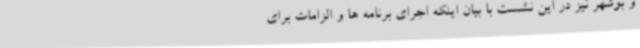
و بوشهر نیز در این نشست با بیان اینکه اجرای برنامه ها و الزامات برای